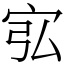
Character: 宖